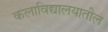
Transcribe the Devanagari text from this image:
कलाविद्यालयातील